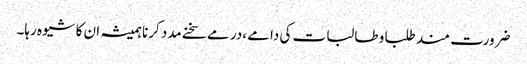
ضرورت مند طلبا و طالبات کی دامے ،در مے سخنے مدد کرنا ہمیشہ ان کا شیوہ رہا۔